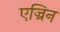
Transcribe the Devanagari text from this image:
एज्रिन